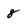
Character: 8